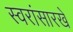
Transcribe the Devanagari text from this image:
स्वरांसारखे